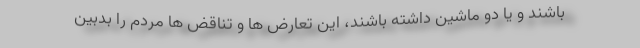
باشند و یا دو ماشین داشته باشند، این تعارض ها و تناقض ها مردم را بدبین